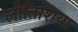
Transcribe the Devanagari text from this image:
लीतिशिया